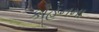
કોહનના